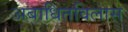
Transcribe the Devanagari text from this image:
अबाधितविलास